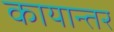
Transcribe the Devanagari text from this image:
कायान्तर